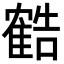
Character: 𬯱